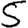
Digit: 5